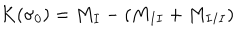
K ( \sigma _ { 0 } ) = M _ { I } - ( M _ { I I } + M _ { I I I } )